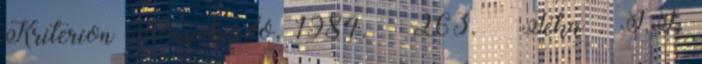
Kriterion Könyvkiadó, 1984. – 263. – Téka . J.J.